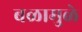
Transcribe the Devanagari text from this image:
बळामुळे